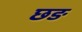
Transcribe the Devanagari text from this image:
छङ